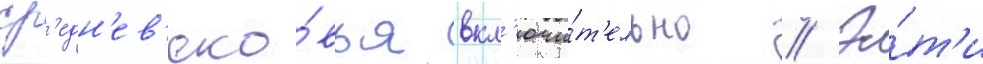
ср'едн'ев'еко́вья вкл'ючи́т'ельно // Э́т'и